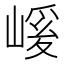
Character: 𭗄